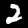
Label: 2